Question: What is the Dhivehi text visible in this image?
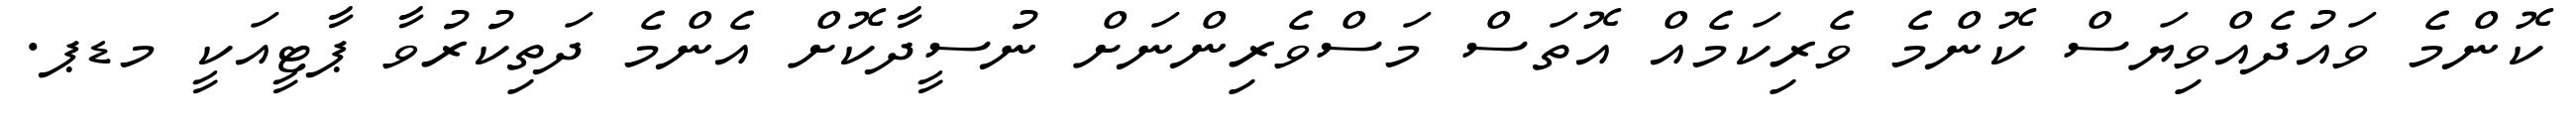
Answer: ކޮންމެ ވައުދެއްވިޔަސް ކޮންމެ ވެރިކަމެއް އޮތަސް މަސްވެރިންނަށް ނުސީދާކޮށް އެންމެ ދަތިކުރުވާ ޕާޓީއަކީ މޑޕ.